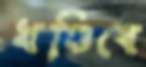
খণ্ডিবে